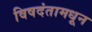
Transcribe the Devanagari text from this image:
विषदंतामधून